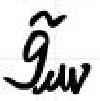
\(\tilde{g}_{uv}\)